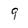
Character: 9